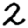
Digit: 2